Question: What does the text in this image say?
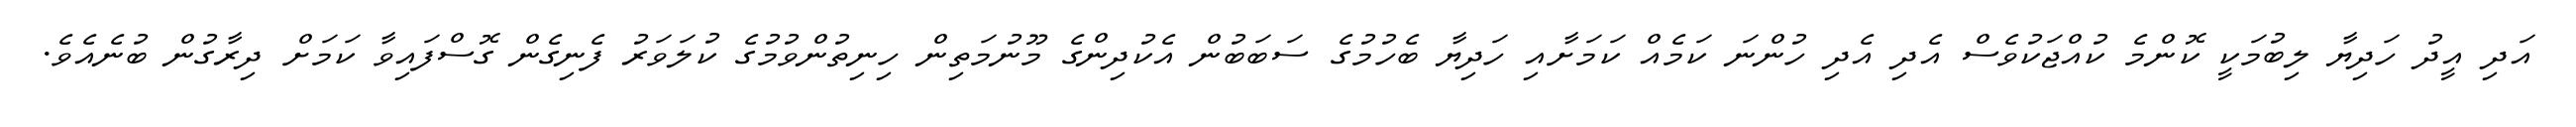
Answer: އަދި އީދު ހަދިޔާ ލިބުމަކީ ކޮންމެ ކުއްޖަކުވެސް އެދި އެދި ހުންނަ ކަމެއް ކަމަށާއި ހަދިޔާ ބެހުމުގެ ސަބަބުން އެކުދިންގެ މޫނުމަތިން ހިނިތުންވުމުގެ ކުލަވަރު ފެނިގެން ގޮސްފައިވާ ކަމަށް ދިރާގުން ބުނެއެވެ.